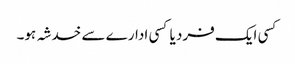
کسی ایک فرد یا کسی ادارے سے خدشہ ہو۔